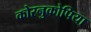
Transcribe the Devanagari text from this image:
कोरनुकोपिया